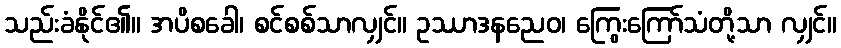
သည်းခံနိုင်၏။ အပိစခေါ၊ စင်စစ်သာလျှင်။ ဥဿာဒနညေဝ၊ ကြွေးကြော်သံတို့သာ လျှင်။